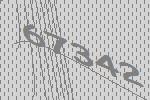
67342